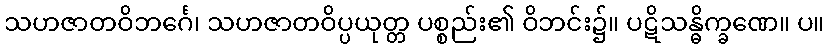
သဟဇာတဝိဘင်္ဂေ၊ သဟဇာတဝိပ္ပယုတ္တ ပစ္စည်း၏ ဝိဘင်း၌။ ပဋိသန္ဓိက္ခဏေ။ ပ။